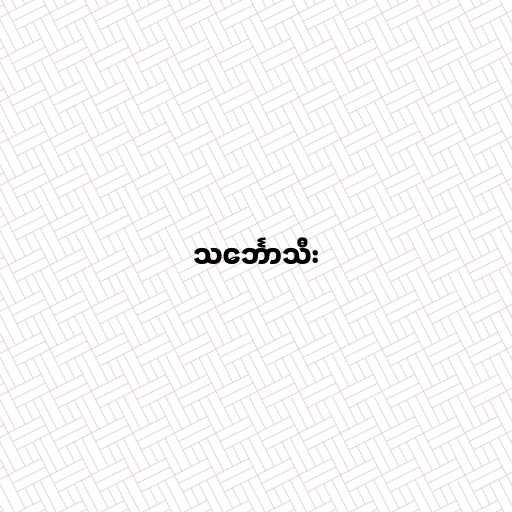
သင်္ဘောသီး